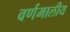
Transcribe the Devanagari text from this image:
वर्णमालीय